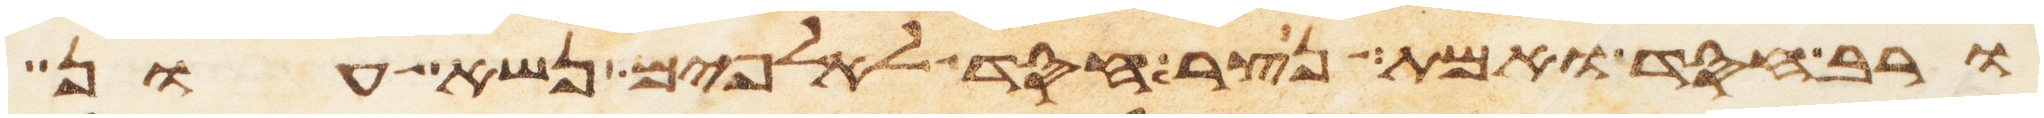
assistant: ורב חסד ואמת נצר חסד לאלפים נשא עון